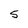
Character: 5